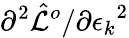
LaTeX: {\partial^{2}\hat{\mathcal{L}}^{o}}/{{\partial\epsilon_{k}}^{2}}